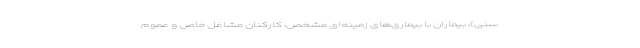
سنی)، بیماران با بیماری‌های زمینه‌ای مشخص، کارکنان مشاغل خاص و عموم